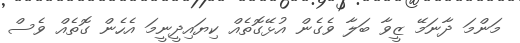
މަންމަ ދާނަމޭ ޒީވާ ބަލާ ވެގެން އުޅޭގޮތެއް ކިޔައިދީނީމަ އެހެން ގޮތެއް ވެސް